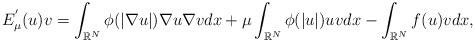
LaTeX: \begin{align*}E^{'}_{\mu}(u)v = \int_{\mathbb{R}^{N}}\phi(|\nabla u|)\nabla u \nabla vdx + \mu \int_{\mathbb{R}^{N}}\phi(|u|)uvdx - \int_{\mathbb{R}^{N}}f(u)vdx,\end{align*}